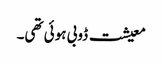
معیشت ڈوبی ہوئی تھی۔